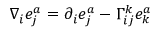
\nabla _ { i } e _ { j } ^ { a } = \partial _ { i } e _ { j } ^ { a } - \Gamma _ { i j } ^ { k } e _ { k } ^ { a }